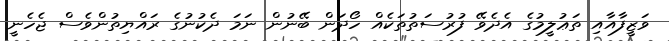
ވަޒީފާއާއި ތަޢުލީމުގެ އެދެވޭ ފުރުސަތުތަކެއް ހޯދަން ބޭނުން ނަމަ ދެކުނުގެ ރައްޔިތުންވެސް ޖެހެނީ